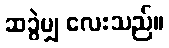
ဆခွဲမျှ လေးသည်။